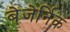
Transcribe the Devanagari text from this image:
बेजेर्निक